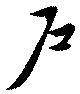
戸